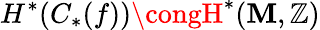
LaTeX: H^{*}(C_{*}(f))\congH^{*}(\mathbf{M},\mathbb{{Z}})